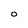
Character: O